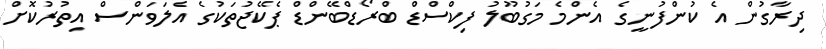
ދިރާގުން އެ ކުންފުނީގެ އެންމެ މަގުބޫލު ފިކްސްޑް ބްރޯޑްބޭންޑް ޕެކޭޖުތަކުގެ އެލަވަންސް އިތުރުކޮށް